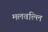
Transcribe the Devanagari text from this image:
मलवल्लि